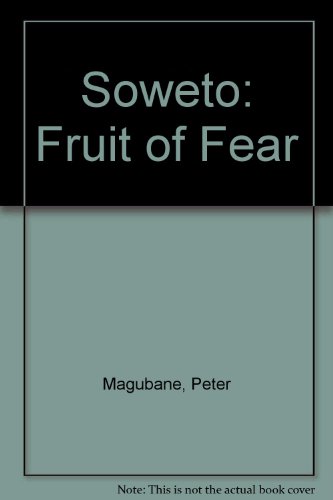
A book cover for Soweto: The fruit of fear; Peter Magubane; History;